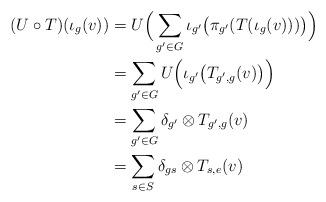
LaTeX: \begin{align*} (U\circ T)(\iota_g(v))&=U\Big(\sum_{g'\in G}\iota_{g'}\big(\pi_{g'}(T(\iota_g(v)))\big)\Big)\\ &=\sum_{g'\in G}U\Big(\iota_{g'}\big(T_{g', g}(v)\big)\Big)\\ &=\sum_{g'\in G}\delta_{g'}\otimes T_{g', g}(v)\\ &=\sum_{s\in S}\delta_{gs}\otimes T_{s, e}(v)\end{align*}